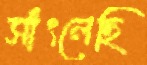
সাঁৎলেছি